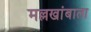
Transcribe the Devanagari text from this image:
मल्लखांबाला